Problem: 3 × 7 = ?
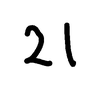
Handwritten answer: 21